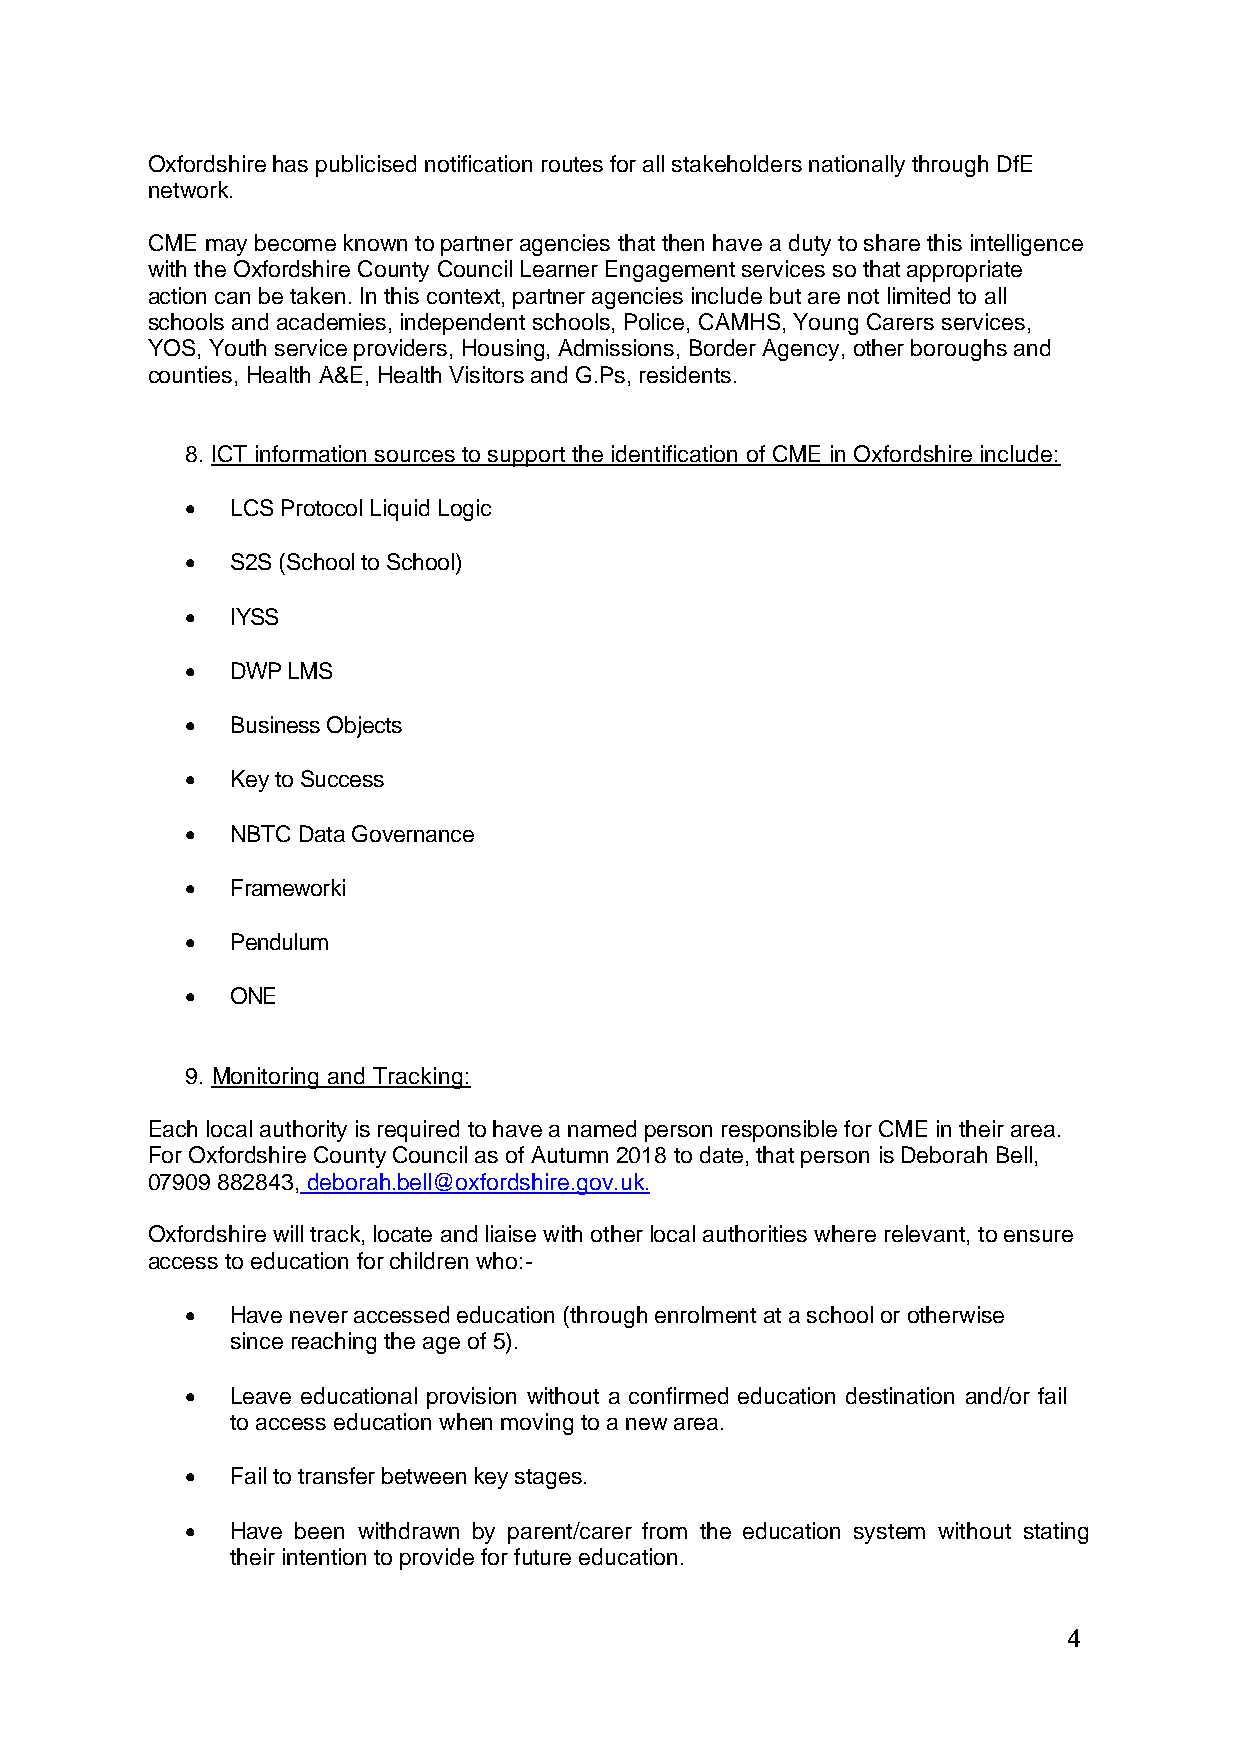
Oxfordshire has publicised notification routes for all stakeholders nationally through DfE
 network.
 CME may become known to partner agencies that then have a duty to share this intelligence
 with the Oxfordshire County Council Learner Engagement services so that appropriate
 action can be taken. In this context, partner agencies include but are not limited to all
 schools and academies, independent schools, Police, CAMHS, Young Carers services,
 YOS, Youth service providers, Housing, Admissions, Border Agency, other boroughs and
 counties, Health A&E, Health Visitors and G.Ps, residents.
 8. ICT information sources to support the identification of CME in Oxfordshire include:
 •  LCS Protocol Liquid Logic
 •  S2S (School to School)
 •  IYSS
 •  DWP LMS
 •  Business Objects
 •  Key to Success
 •  NBTC Data Governance
 •  Frameworki
 •  Pendulum
 •  ONE
 9. Monitoring and Tracking:
 Each local authority is required to have a named person responsible for CME in their area.
 For Oxfordshire County Council as of Autumn 2018 to date, that person is Deborah Bell,
 07909 882843, deborah.bell@oxfordshire.gov.uk.
 Oxfordshire will track, locate and liaise with other local authorities where relevant, to ensure
 access to education for children who:-
 •  Have never accessed education (through enrolment at a school or otherwise
 since reaching the age of 5).
 •  Leave educational provision without a confirmed education destination and/or fail
 to access education when moving to a new area.
 •  Fail to transfer between key stages.
 •  Have been withdrawn by parent/carer from the education system without stating
 their intention to provide for future education.
 4